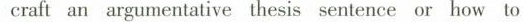
craft an argumentative thesis sentence or how to